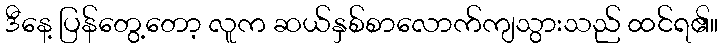
ဒီနေ့ ပြန်တွေ့တော့ လူက ဆယ်နှစ်စာလောက်ကျသွားသည် ထင်ရ၏။